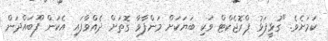
ކަމަށެވެ. "ގުޅީފަޅު ޕްރޮޖެކްޓް ވަކި ބަޔަކަށް މަންފާވާ ގޮތަށް ދެއްވާފައި އެކަން ފޫބައްދަން